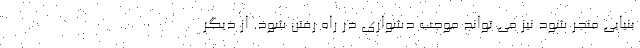
بنیایی منجر شود نیز می تواند موجب دشواری در راه رفتن شود. از دیگر